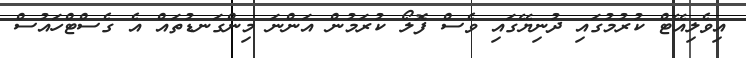
އިވެލިއޭޓް ކުރުމުގައި ދުނިޔޭގައި ވެސް ފޮލޯ ކުރަމުން އަންނަ މިންގަނޑުތައް އެ ގެސްޓްހައުސް